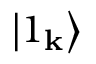
\left| 1 _ { \mathbf { k } } \right\rangle